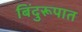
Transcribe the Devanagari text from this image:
बिंदुरूपात